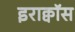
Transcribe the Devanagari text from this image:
इराक्वॉस